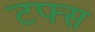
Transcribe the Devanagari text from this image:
टफ्स